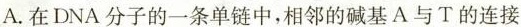
A.在DNA分子的一条单链中，相邻的碱基A与T的连接